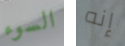
السوء إنه